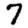
Digit: 7